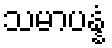
သမာပန္နံ